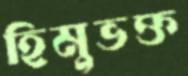
হিমুভক্ত